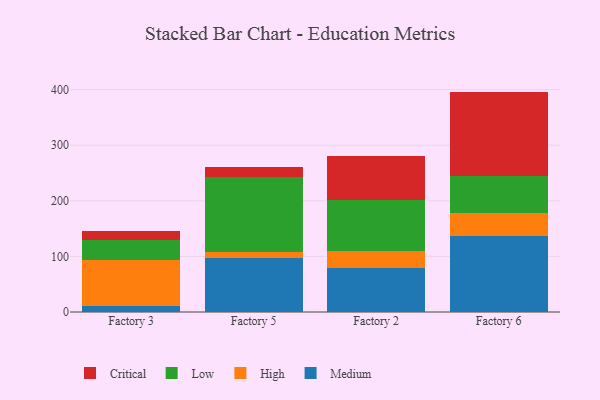
{"axis": {"x": "Factory", "y": "Production Output"}, "legend": ["Critical", "High", "Low", "Medium"], "data": [{"x": "Factory 3", "y": 11.2, "type": "Medium"}, {"x": "Factory 3", "y": 82.4, "type": "High"}, {"x": "Factory 3", "y": 35.8, "type": "Low"}, {"x": "Factory 3", "y": 15.6, "type": "Critical"}, {"x": "Factory 5", "y": 97.1, "type": "Medium"}, {"x": "Factory 5", "y": 11.3, "type": "High"}, {"x": "Factory 5", "y": 134.8, "type": "Low"}, {"x": "Factory 5", "y": 17.4, "type": "Critical"}, {"x": "Factory 2", "y": 78.8, "type": "Medium"}, {"x": "Factory 2", "y": 31.0, "type": "High"}, {"x": "Factory 2", "y": 91.3, "type": "Low"}, {"x": "Factory 2", "y": 79.2, "type": "Critical"}, {"x": "Factory 6", "y": 137.5, "type": "Medium"}, {"x": "Factory 6", "y": 40.7, "type": "High"}, {"x": "Factory 6", "y": 67.3, "type": "Low"}, {"x": "Factory 6", "y": 150.9, "type": "Critical"}]}